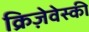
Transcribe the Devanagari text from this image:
क्रिज़ेवेस्की